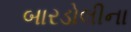
બારડોલીના